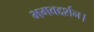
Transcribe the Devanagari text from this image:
भगवद्दर्शन।